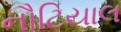
નૌટિયાલ